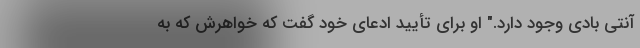
آنتی بادی وجود دارد." او برای تأیید ادعای خود گفت که خواهرش که به